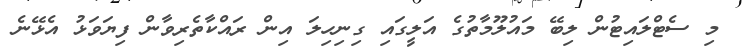
މި ސެޓްލައިޓުން ލިބޭ މައުލޫމާތުގެ އަލީގައި ގިނިހިލަ އިން ރައްކާތެރިވާން ފިޔަވަޅު އެޅޭނެ